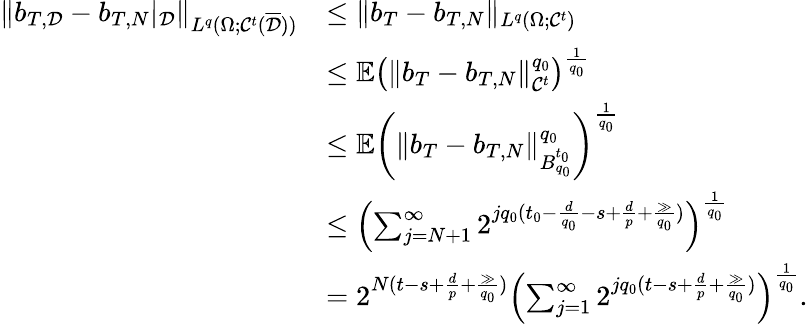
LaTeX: \begin{array}{rl}{\| b_{T,\mathcal{D}}-b_{T,N}|_{\mathcal{D}}\| _{L^{q}(\Omega;\mathcal{C}^{t}(\overline{\mathcal{D}}))}}&{\le\| b_{T}-b_{T,N}\| _{L^{q}(\Omega;\mathcal{C}^{t})}}\\ &{\le\mathbb{E}\left(\| b_{T}-b_{T,N}\| _{\mathcal{C}^{t}}^{q_{0}}\right)^{\frac{1}{q_{0}}}}\\ &{\le\mathbb{E}\left(\| b_{T}-b_{T,N}\| _{B_{q_{0}}^{t_{0}}}^{q_{0}}\right)^{\frac{1}{q_{0}}}}\\ &{\le\left(\sum_{j=N+1}^{\infty}2^{jq_{0}(t_{0}-\frac{d}{q_{0}}-s+\frac{d}{p}+\frac{\gg}{q_{0}})}\right)^{\frac{1}{q_{0}}}}\\ &{=2^{N(t-s+\frac{d}{p}+\frac{\gg}{q_{0}})}\left(\sum_{j=1}^{\infty}2^{jq_{0}(t-s+\frac{d}{p}+\frac{\gg}{q_{0}})}\right)^{\frac{1}{q_{0}}}.}\end{array}